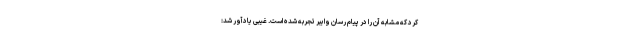
کرد که مشابه آن را در پیام رسان وایبر تجربه شده است. غیبی یادآور شد: